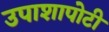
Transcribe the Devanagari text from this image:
उपाशापोटी